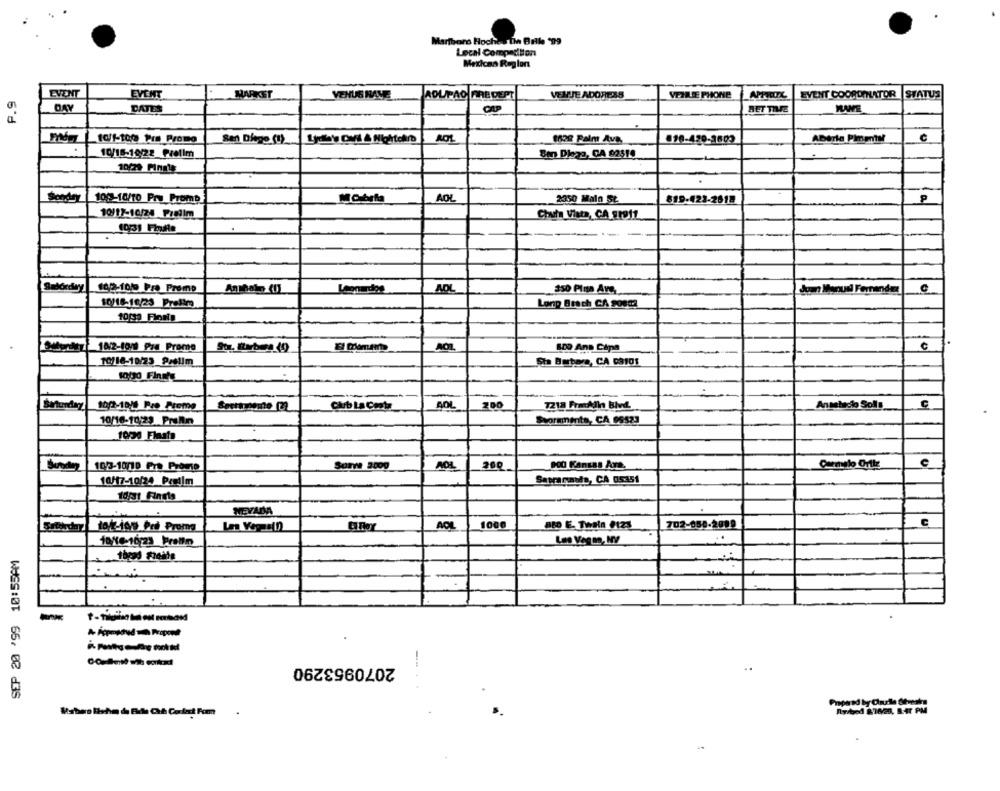
Martharo Hoche Ihn Bille *99
Local Competition
Mexican Region
P.9
EVENT
EVENT
MARKET
VENUS NAVE
ADUPAO ARE DEPT
VEMJE ADORESS
VEHLE PHONE
EVENT COOROMLATOR STATUS
DAY
DATES
CAP
HET TILFE
NAME
San Diego (I)
ROL
1628 Palm Ava
890-420-1602
Aberle Pimental
c
10/15-18/22 Prelim
Ben Diego, CA 92510
10/29 Finale
100-10/10 Pry Promp
AOL
2350 Miln St.
MObrfa
819-423-2518
10/11-10/24 Prelim
Chula Vista, CA 91911
Saborday
162-10/0 Pro Premp
Leonardos
AOL
350 Pin Ane
dom Meoud Ferranda
10/18-16/23 Prelim
Lonp Brach CA Somma
10/2-10/1 Pre Prome
100 Anp Cipa
€
10/16-10/23 9/01/m
Sta Butera, CA 08101
soto Finns
Sunday
10/2-10/1 Pre Preme
Club La Conte
BOL
200
7212 Franklin Bivi
Anastacio Soll!
wormments, CA 99523
10/16-10:23 Pralin
1050 Flaata
10/3-10/10 Pra Promo
Sorve 2000
AOL
200
000 Kansas Aopp.
C
10/17-10/24 Palm
Sapranands, CA 0.5351
10/31 Fingla
c
tok-igg erd Promo
ACL
1000
MED E. Twain #124
702-050-2019
SEP 20 '99 10:55PM
2070953290
--